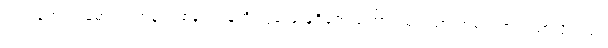
ပါဝင်ခဲ့တဲ့ ဒရမ်မာသင်တန်းတစ်ခုက သူ့ကို လွှမ်းမိုးမှုရှိခဲ့တာကြောင့် မင်းသားတစ်ယောက်ဖြစ်လို့လည်း